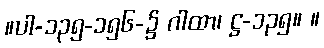
။ပါ-၁၃၅-၁၅၆-၌ ဂါထာ၊ ဋ္ဌ-၁၃၅။ ။